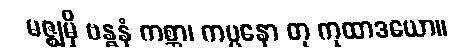
မဇ္ဈမှိ ဗန္ဓနံ ကစ္ဆာ၊ ကပ္ပနော တု ကုထာဒယော။